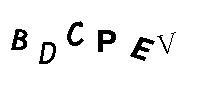
BDCPEV